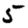
Digit: 5